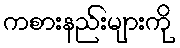
ကစားနည်းများကို